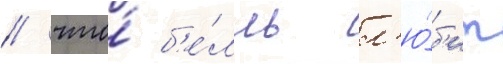
/ что́ б'е́лль л'ю́б'ит